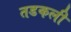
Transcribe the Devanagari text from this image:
तडकली